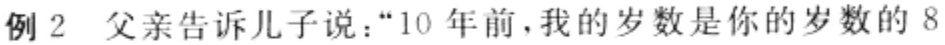
例 2 父亲告诉儿子说：“10 年前，我的岁数是你的岁数的 8